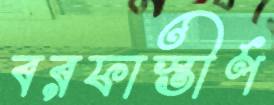
বরফাস্তীর্ণ